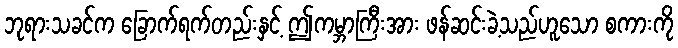
ဘုရားသခင်က ခြောက်ရက်တည်းနှင့် ဤကမ္ဘာကြီးအား ဖန်ဆင်းခဲ့သည်ဟူသော စကားကို